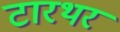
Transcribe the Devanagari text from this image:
टारथर